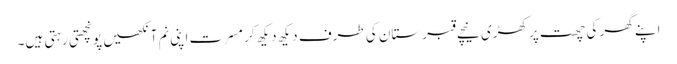
اپنے گھر کی چھت پر کھڑی نیچے قبرستان کی طرف دیکھ دیکھ کر مسرت اپنی نم آنکھیں پونچھتی رہتی ہیں۔